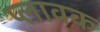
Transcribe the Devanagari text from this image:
प्लावक